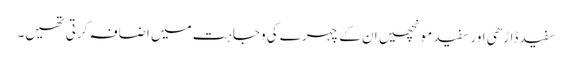
سفید ڈاڑھی اور سفید مونچھیں ان کے چہرے کی وجاہت میں اضافہ کرتی تھیں۔